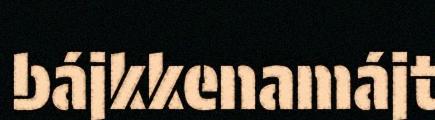
bájkkenamájt